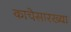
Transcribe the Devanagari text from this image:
काचेसारख्या